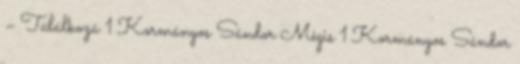
– Találkozá 1 Kormányos Sándor Mégis 1 Kormányos Sándor